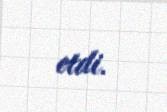
etdi.